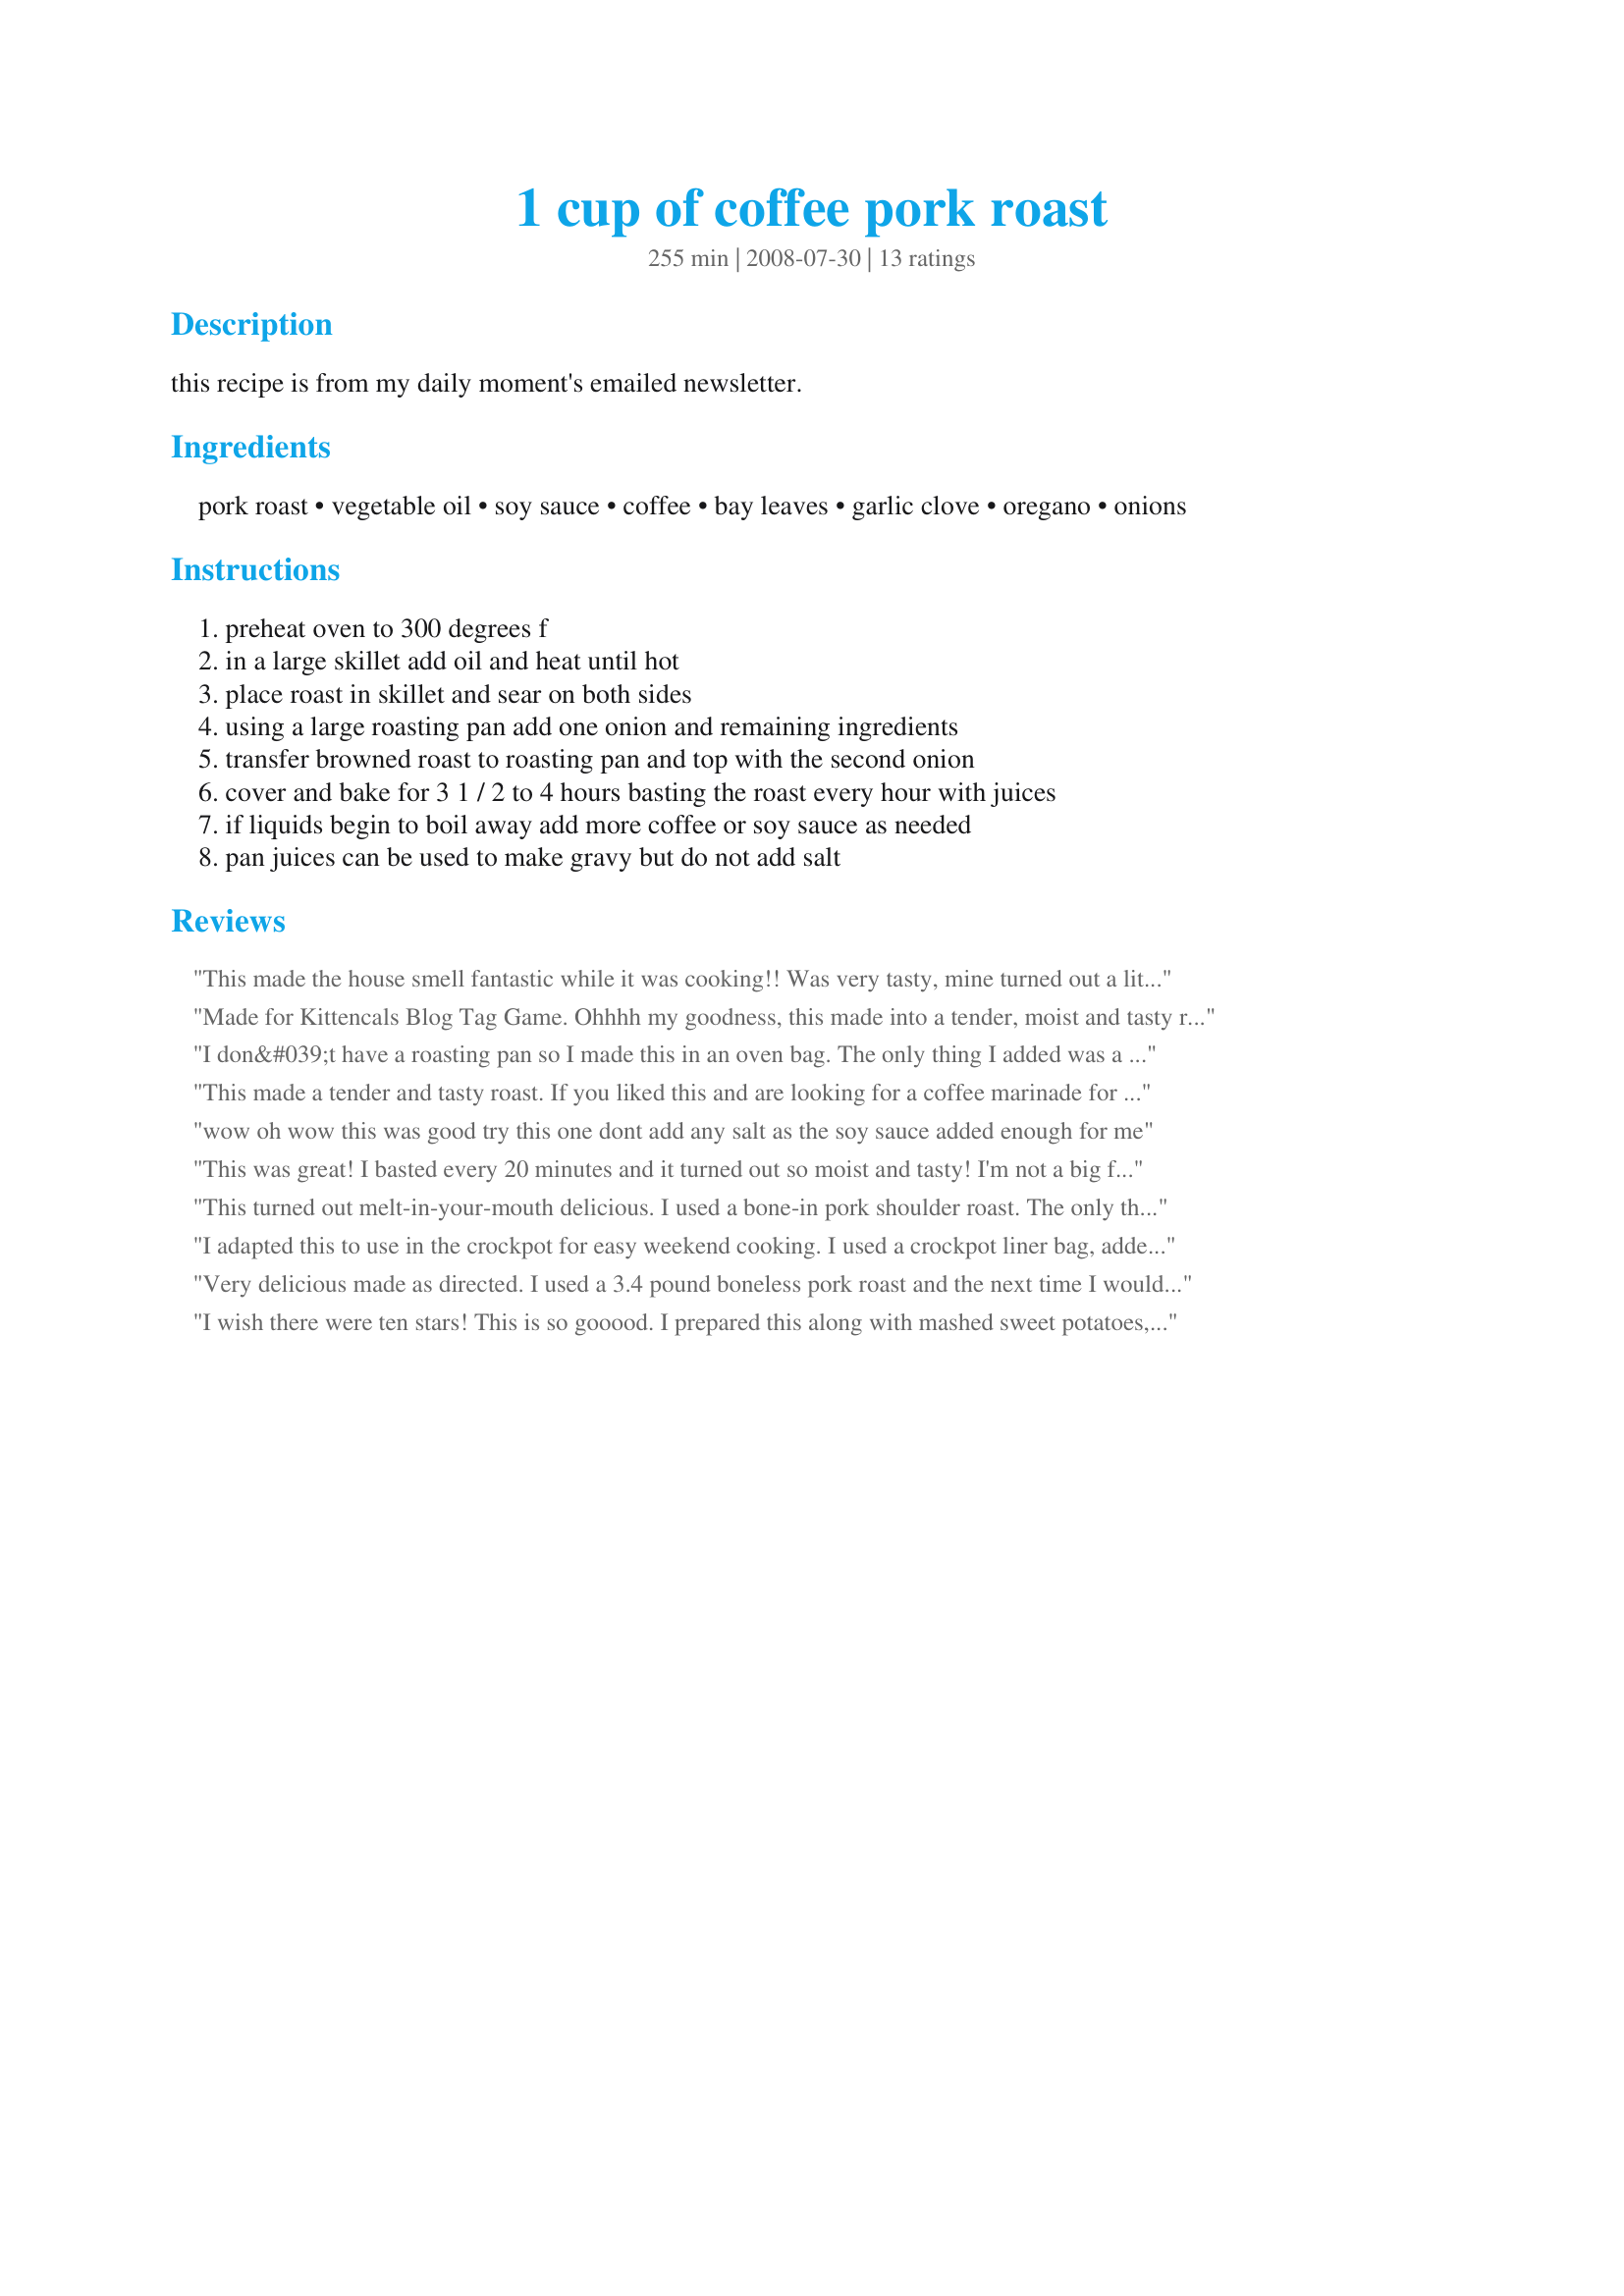
1 cup of coffee pork roast
Preparation time: 255 minutes

this recipe is from my daily moment's emailed newsletter.

Ingredients:
pork roast, vegetable oil, soy sauce, coffee, bay leaves, garlic clove, oregano, onions

Steps:
preheat oven to 300 degrees f, in a large skillet add oil and heat until hot, place roast in skillet and sear on both sides, using a large roasting pan add one onion and remaining ingredients, transfer browned roast to roasting pan and top with the second onion, cover and bake for 3 1 / 2 to 4 hours basting the roast every hour with juices, if liquids begin to boil away add more coffee or soy sauce as needed, pan juices can be used to make gravy but do not add salt

Reviews:
This made the house smell fantastic while it was cooking!! Was very tasty, mine turned out a little tough/dry but I think it is because I have a roaster pan without a lid so I had to try to cover with foil; not easy to get it sealed perfectly like a lid. I reduced the sauce down and added a little unsalted butter to make it a little richer. Will make again (once I get a new pan!) Made for Fall 2009 PAC.
Made for Kittencals Blog Tag Game. Ohhhh my goodness, this
made into a tender, moist and tasty roast, made exactly the way you posted. I wouldn't change a darned thing on this recipe. Thank you so much for a great recipe.
I don&#039;t have a roasting pan so I made this in an oven bag. The only thing I added was a tablespoon of flour as called for in the oven bag. I left the salt out, because even the reduced sodium soy sauce is high in salt. It turned out perfect. Flavor was good, but I may add ground pepper and extra garlic next time.
This made a tender and tasty roast. If you liked this and are looking for a coffee marinade for just pork chops, try recipe #272568. That one is a winner as well, and has a unique flavor. I never would have thought to use coffee in pork recipes! Thanks, Lauralie41.
wow oh wow this was good try this one dont add any salt as the soy sauce added enough for me
This was great! I basted every 20 minutes and it turned out so moist and tasty! I'm not a big fan of pork roast, so it's great to find a recipe that actually makes me want to eat it more!!
This turned out melt-in-your-mouth delicious. I used a bone-in pork shoulder roast. The only thing I changed was adding some whole button mushrooms that needed to be used. The pan juices were great. I am going to try this in the crock pot next time! Roasted 3 hours and meat was juicy and tender. Made for Spring 2010 PAC.
I adapted this to use in the crockpot for easy weekend cooking. I used a crockpot liner bag, added the ingredients, set it on high, and was rewarded with delicious roast. It couldn't have been easier. We liked the flavor imparted by the coffee and soy sauce and the liquid in the crockpot made wonderful gravy. I used leftovers to make a biscuit topped pot pie later in the week. Thank you for sharing the recipe!
Very delicious made as directed. I used a 3.4 pound boneless pork roast and the next time I would reduce the cooking time quite a lot. Thanks, Lauralie, for a festive dinner entree! Made for Aussie New Zealand Recipe Swap.
I wish there were ten stars! This is so gooood. I prepared this along with mashed sweet potatoes, sliced garden tomatoes, hot peppers (from my garden on the coast-they are so hot!) and fresh asparagus. Yum.
I made this for Sunday dinner. It was enjoyed by the entire family. Served with green beans and yellow rice.
Very moist. Super easy to make. It is even better the next day.
This was super yummy. Even my dad who dislikes coffee loved this roast. Will be msaking again. Thank you for the great recipe.
